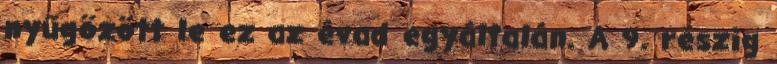
nyűgözött le ez az évad egyáltalán. A 9. részig